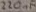
Text: 250µF